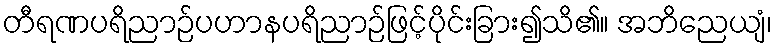
တီရဏပရိညာဉ်ပဟာနပရိညာဉ်ဖြင့်ပိုင်းခြား၍သိ၏။ အဘိညေယျံ၊